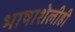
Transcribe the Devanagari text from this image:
भाषाशेलीही